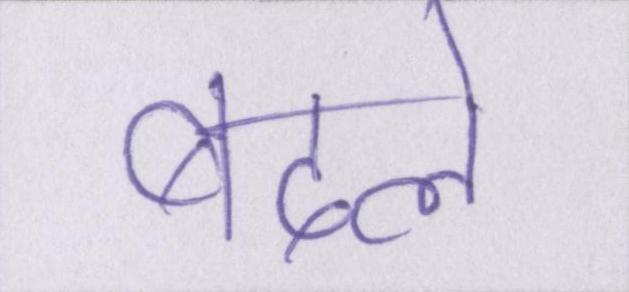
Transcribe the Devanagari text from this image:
बदले